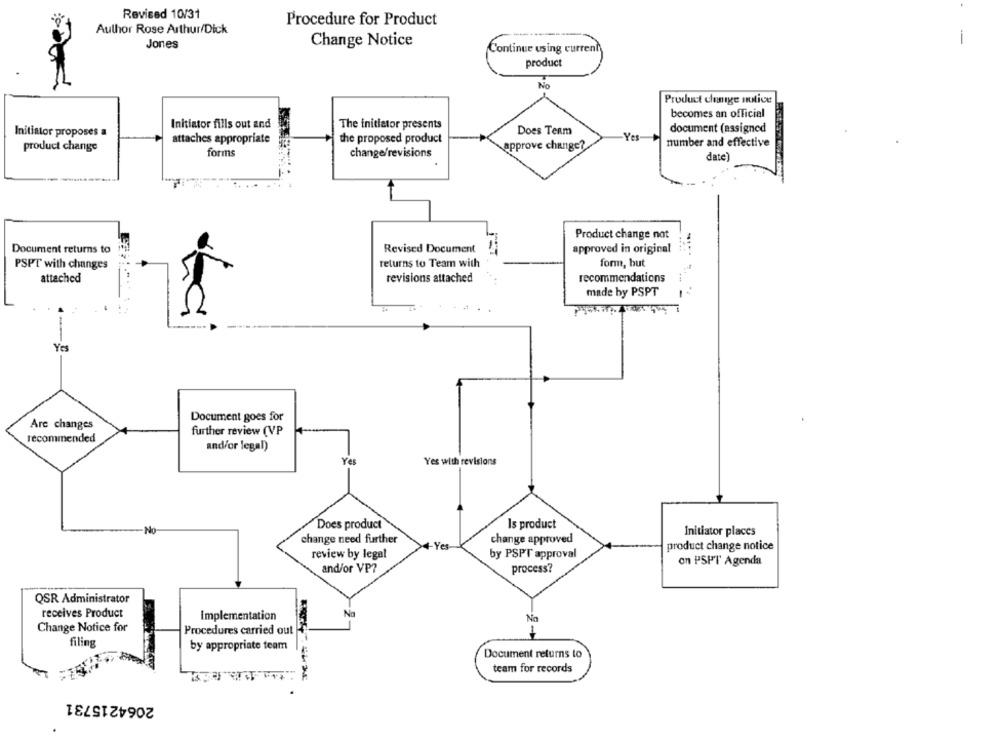
Revised 10/31
Procedure for Product
Author Rose Arthur/Dick
----
Jones
Change Notice
-
Continue using current
product
No
Product change notice
becomes an official
Initiator fills out and
The initiator presents
Initiator proposes a
Does Team
document (assigned
attaches appropriate
the proposed product
Yes-
product change
approve change?
number and effective
forms
change/revisions
date
Product change not
Document returns to
Revised Document
approved in original
PSPT with changes
returns to Team with
form, but
attached
revisions attached
recommendations
made by PSPT
Yes
Document goes for
Are changes
further review (VP
recommended
and/or legal)
Yes
Yes with revisions
Does product
Is product
No
Initiator places
change need further
change approved
Yes
product change notice
review by legal
by PSPT approval
on PSPT Agenda
and/or VP?
process?
QSR Administrator
receives Product
Implementation
No
Change Notice for
Procedures carried out
filing
by appropriate team
Document returns to
team for records
2064215731